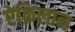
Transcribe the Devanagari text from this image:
ऐक्रिलान